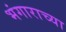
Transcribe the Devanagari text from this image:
भंगाराच्या